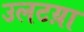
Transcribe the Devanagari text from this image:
उलटय़ा